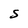
Character: S